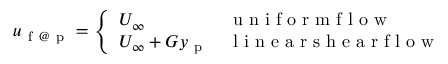
u _ { \mathrm { ~ f ~ @ ~ p ~ } } = \left\{ \begin{array} { l l } { U _ { \infty } } & { \mathrm { ~ u ~ n ~ i ~ f ~ o ~ r ~ m ~ f ~ l ~ o ~ w ~ } } \\ { U _ { \infty } + G y _ { \mathrm { ~ p ~ } } } & { \mathrm { ~ l ~ i ~ n ~ e ~ a ~ r ~ s ~ h ~ e ~ a ~ r ~ f ~ l ~ o ~ w ~ } } \end{array} \right.